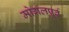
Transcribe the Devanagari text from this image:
मोगलपूर्व